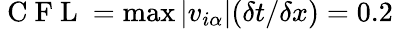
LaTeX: \mathrm{~C~F~L~}=\operatorname*{max}|v_{i\alpha}|(\delta t/\delta x)=0.2